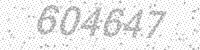
Solution: 604647